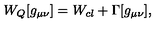
W _ { Q } [ g _ { \mu \nu } ] = W _ { c l } + \Gamma [ g _ { \mu \nu } ] ,